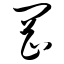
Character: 冈